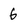
Character: 6